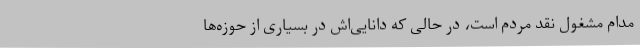
مدام مشغول نقد مردم است، در حالی که دانایی‌اش در بسیاری از حوزه‌ها